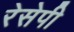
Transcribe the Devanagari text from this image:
रेसेपी